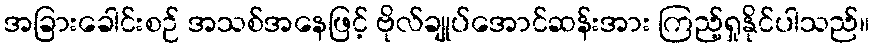
အခြားခေါင်းစဉ် အသစ်အနေဖြင့် ဗိုလ်ချုပ်အောင်ဆန်းအား ကြည့်ရှုနိုင်ပါသည်။